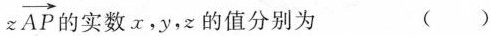
z \xrightarrow [ A P ]$$ 的实数 x , y , z 的值分别为 （ ）